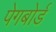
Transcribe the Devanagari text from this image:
पेगबोर्ड